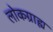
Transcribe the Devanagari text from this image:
लोकग्राह्य